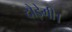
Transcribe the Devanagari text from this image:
दौड़ेगी।